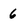
Character: 6